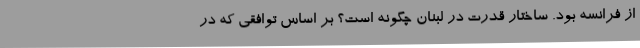
از فرانسه بود. ساختار قدرت در لبنان چگونه است؟ بر اساس توافقی که در